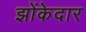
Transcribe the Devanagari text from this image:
झोंकेदार